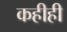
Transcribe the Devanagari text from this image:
कहीही